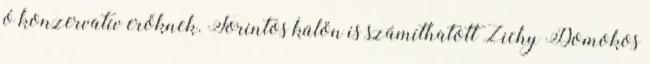
ó konzervatív erőknek. Forintos külön is számíthatott Zichy Domokos